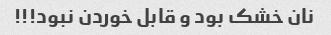
نان خشک بود و قابل خوردن نبود!!!